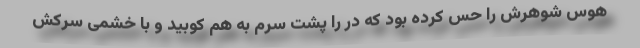
هوس شوهرش را حس کرده بود که در را پشت سرم به هم کوبید و با خشمی سرکش